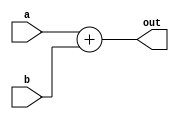
`timescale 1ns / 1ps
//////////////////////////////////////////////////////////////////////////////////
// Company: 
// Engineer: 
// 
// Design Name: 
// Module Name: modul_adunare
// Project Name: 
// Target Devices: 
// Tool Versions: 
// Description: 
// 
// Dependencies: 
// 
// Revision:
// Revision 0.01 - File Created
// Additional Comments:
// 
//////////////////////////////////////////////////////////////////////////////////


module modul_adunare(a, b, out);
input a;
input b;
output out;
//reg out;
assign out = a + b;
endmodule